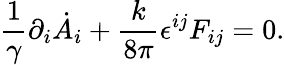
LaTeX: \frac{1}{\gamma}\partial_{i}\dot{A}_{i}+\frac{k}{8\pi}\epsilon^{ij}F_{ij}=0.